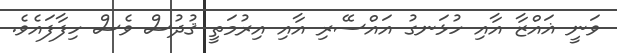
ވަނީ ޣައްޒާ އާއި ހުޅަނގު އައްސޭރި އާއި އިރުމަތީ ޤުދުސް ވެސް ހިފާފައެވެ.